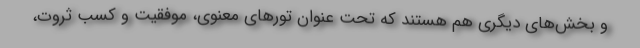
و بخش‌های دیگری هم هستند که تحت عنوان تورهای معنوی، موفقیت و کسب ثروت،